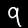
Label: 9